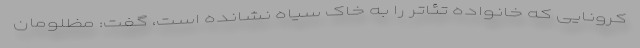
کرونایی که خانواده تئاتر را به خاک سیاه نشانده است، گفت: مظلومانِ